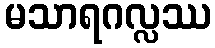
မသာရဂလ္လဿ